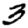
Digit: 3